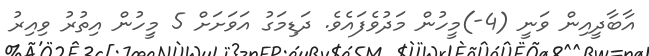
އާބާދީއިން ވަނީ (4-)މީހުން މަދުވެފައެވެ. ދަޑިމަގު އަވަށަށް 5 މިީހުން އިތުރު ވިއިރު